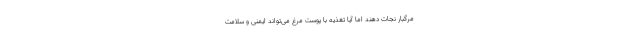
مرگبار نجات دهند اما آیا تغذیه با پوست مرغ می‌تواند ایمنی و سلامت